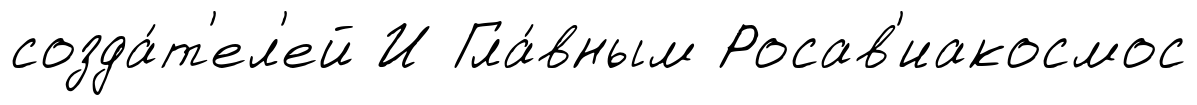
созда́т'ел'ей И Гла́вным Росав'иакосмос